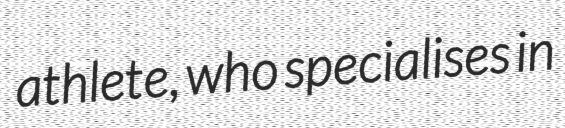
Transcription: athlete, who specialises in